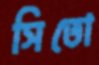
সিতো